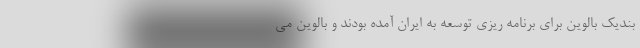
بندیک بالوین برای برنامه ریزی توسعه به ایران آمده بودند و بالوین می